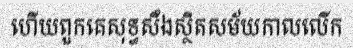
ហើយពួកគេសុទ្ធសឹងស្ថិតសម័យកាលលើក